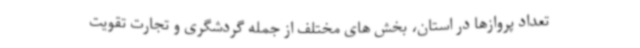
تعداد پروازها در استان، بخش های مختلف از جمله گردشگری و تجارت تقویت